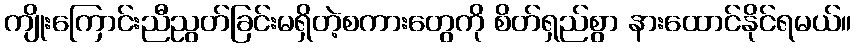
ကျိုးကြောင်းညီညွတ်ခြင်းမရှိတဲ့စကားတွေကို စိတ်ရှည်စွာ နားထောင်နိုင်ရမယ်။